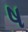
ષ